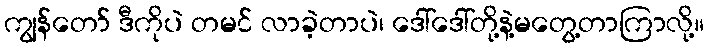
ကျွန်တော် ဒီကိုပဲ တမင် လာခဲ့တာပဲ၊ ဒေါ်ဒေါ်တို့နဲ့မတွေ့တာကြာလို့။